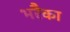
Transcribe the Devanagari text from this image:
भरैका